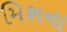
મિશના